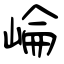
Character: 崘